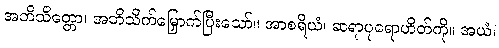
အဘိသိတ္တော၊ အဘိသိက်မြှောက်ပြီးသော်။ အာစရိယံ၊ ဆရာပုရောဟိတ်ကို။ အယံ၊